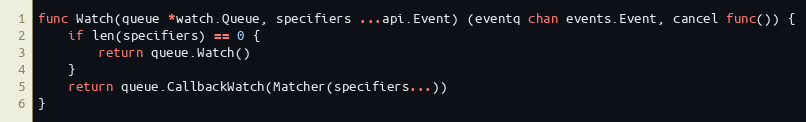
Language: Go
func Watch(queue *watch.Queue, specifiers ...api.Event) (eventq chan events.Event, cancel func()) {
	if len(specifiers) == 0 {
		return queue.Watch()
	}
	return queue.CallbackWatch(Matcher(specifiers...))
}